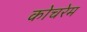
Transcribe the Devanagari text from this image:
कोचरेम